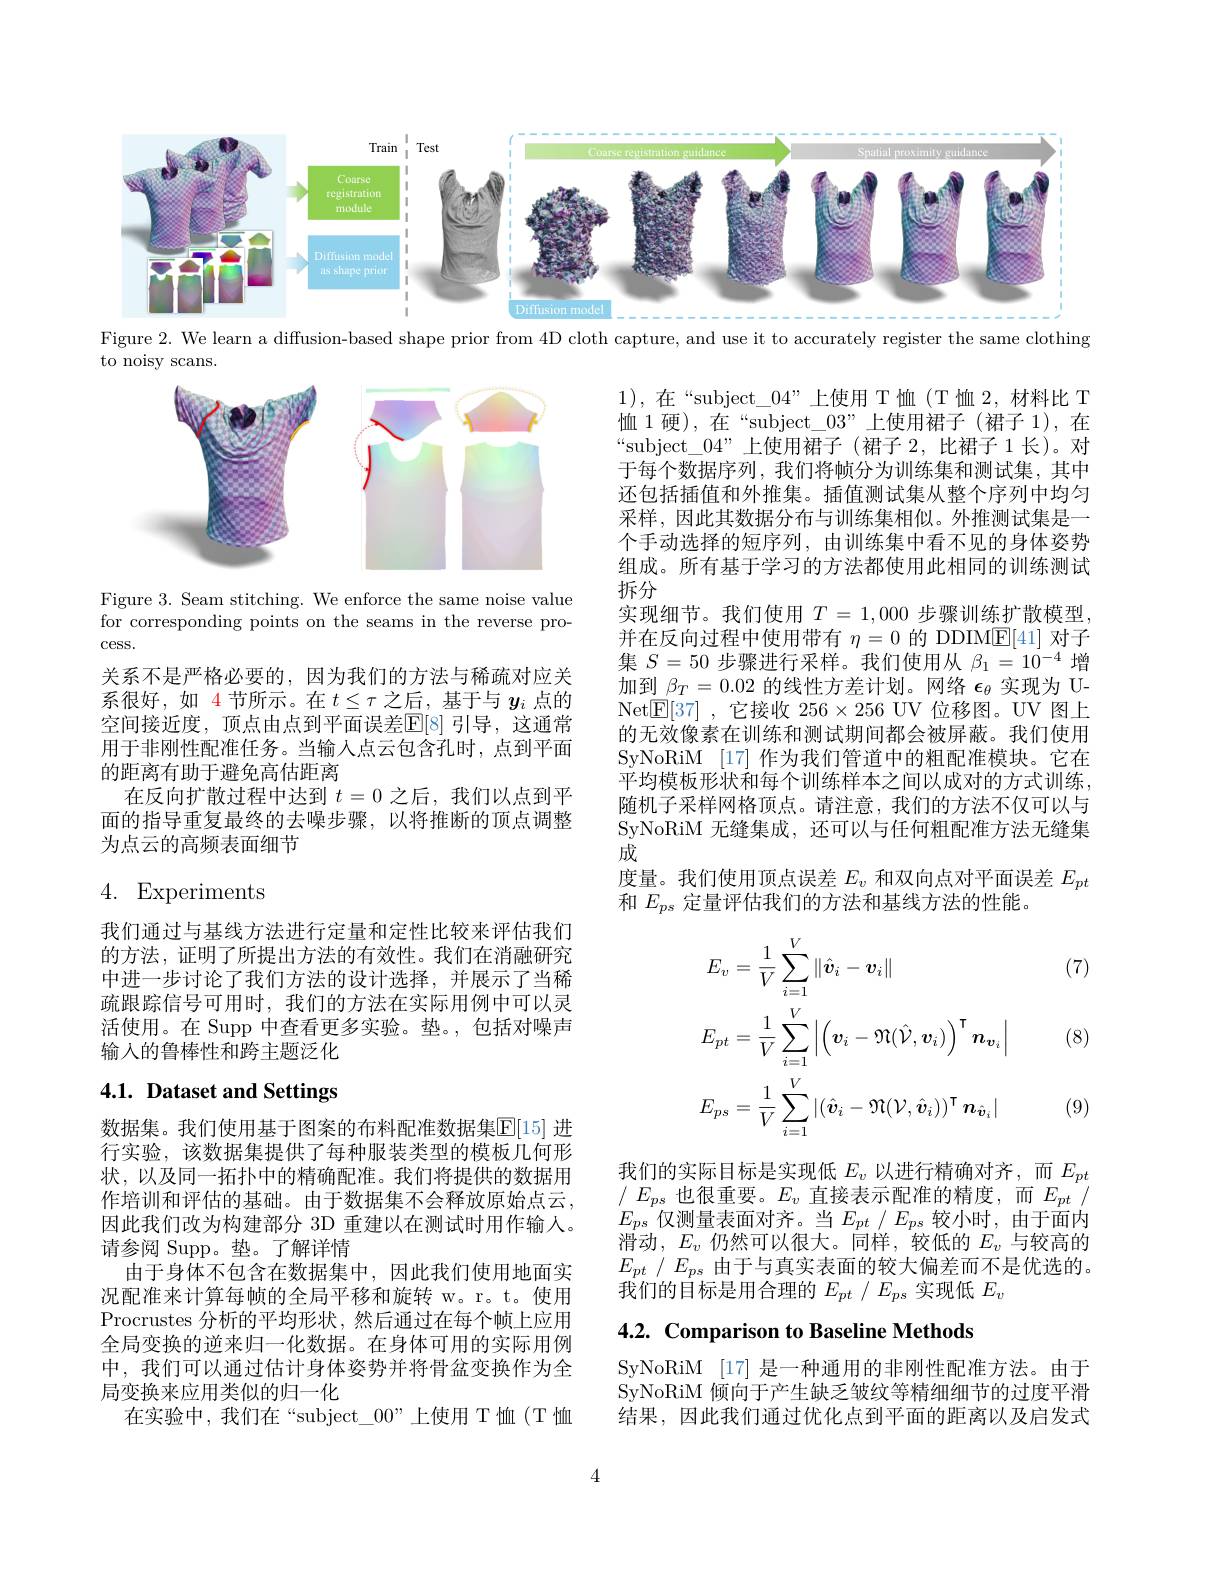
<FigureHere>
Figure 2. We learn a diffusion-based shape prior from 4D cloth capture, and use it to accurately register the same clothing

to noisy scans.

<FigureHere>

Figure 3. Seam stitching. We enforce the same noise value for corresponding points on the seams in the reverse process.

1),在“subject\_04”上使用 T恤(T恤2，材料比T 恤 1 硬),在“subject\_03”上使用裙子(裙子 1),在“subject\_04”上使用裙子(裙子 2,比裙子 1长)。对于每个数据序列，我们将帧分为训练集和测试集，其中还包括插值和外推集。插值测试集从整个序列中均匀采样、因此其数据分布与训练集相似。外推测试集是一个手动选择的短序列，由训练集中看不见的身体姿势组成。所有基于学习的方法都使用此相同的训练测试拆分
实现细节。我们使用$T=1,000$步骤训练扩散模型， 并在反向过程中使用带有$\eta=0$的 DDIME[41] 对子集$S=50$步骤进行采样。我们使用从$\beta_1=10^{-4}$增加到$\beta_T=0.02$的线性方差计划。网络$\epsilon_\theta$实现为 UNet$\boxed{\mathbb{E}}[37]$ ,它接收 256$\times256$ UV 位移图。UV 图上的无效像素在训练和测试期间都会被屏蔽。我们使用SyNoRiM [17] 作为我们管道中的粗配准模块。它在平均模板形状和每个训练样本之间以成对的方式训练， 随机子采样网格顶点。请注意，我们的方法不仅可以与SyNoRiM 无缝集成，还可以与任何粗配准方法无缝集成
度量。我们使用顶点误差$E_v$和双向点对平面误差$E_{pt}$
和$E_{ps}$定量评估我们的方法和基线方法的性能。

关系不是严格必要的，因为我们的方法与稀疏对应关系很好，如 4 节所示。在$t\leq\tau$之后，基于与$y_i$点的空间接近度，顶点由点到平面误差$\mathbb{E}[8]$ 引导，这通常用于非刚性配准任务。当输入点云包含孔时，点到平面的距离有助于避免高估距离
在反向扩散过程中达到$t=0$之后，我们以点到平面的指导重复最终的去噪步骤，以将推断的顶点调整为点云的高频表面细节

# 4. Experiments

(7)

我们通过与基线方法进行定量和定性比较来评估我们的方法，证明了所提出方法的有效性。我们在消融研究中进一步讨论了我们方法的设计选择，并展示了当稀疏跟踪信号可用时，我们的方法在实际用例中可以灵活使用。在 Supp 中查看更多实验。垫。,包括对噪声输入的鲁棒性和跨主题泛化
$$\begin{aligned}&E_{v}=\frac{1}{V}\sum_{i=1}^{V}\|\hat{\boldsymbol{v}}_{i}-\boldsymbol{v}_{i}\|\\&E_{pt}=\frac{1}{V}\sum_{i=1}^{V}\left|\left(\boldsymbol{v}_{i}-\Re(\hat{\mathcal{V}},\boldsymbol{v}_{i})\right)^{\intercal}\boldsymbol{n}_{\boldsymbol{v}_{i}}\right|\\&E_{ps}=\frac{1}{V}\sum_{i=1}^{V}|(\hat{\boldsymbol{v}}_{i}-\Re(\mathcal{V},\hat{\boldsymbol{v}}_{i}))^{\intercal}\:\boldsymbol{n}_{\hat{\boldsymbol{v}}_{i}}|\end{aligned}$$
(8)

# 4.1. Dataset and Settings

(9)

我们的实际目标是实现低$E_v$以进行精确对齐，而$E_{pt}$ $/E_{ps}$ 也很重要。$E_v$ 直接表示配准的精度，而$E_pt/$ $E_{ps}$仅测量表面对齐。当$E_pt/E_{ps}$ 较小时，由于面内滑动，$E_v$仍然可以很大。同样，较低的$E_v$ 与较高的$E_{pt}$ / $E_{ps}$ 由于与真实表面的较大偏差而不是优选的。我们的目标是用合理的$E_{pt}/E_{ps}$实现低$E_v$

数据集。我们使用基于图案的布料配准数据集$\overline{\mathrm{E}}[15]$ 进行实验，该数据集提供了每种服装类型的模板几何形状，以及同一拓扑中的精确配准。我们将提供的数据用作培训和评估的基础。由于数据集不会释放原始点云， 因此我们改为构建部分 3D 重建以在测试时用作输人。请参阅 Supp。垫。了解详情
由于身体不包含在数据集中，因此我们使用地面实况配准来计算每帧的全局平移和旋转 w。r。t。使用Procrustes 分析的平均形状，然后通过在每个帧上应用全局变换的逆来归一化数据。在身体可用的实际用例中，我们可以通过估计身体姿势并将骨盆变换作为全局变换来应用类似的归一化
在实验中，我们在“subject\_00”上使用 T恤(T 恤

# 4.2. Comparison to Baseline Methods

SyNoRiM [17] 是一种通用的非刚性配准方法。由于SyNoRiM 倾向于产生缺乏皱纹等精细细节的过度平滑结果，因此我们通过优化点到平面的距离以及启发式

4